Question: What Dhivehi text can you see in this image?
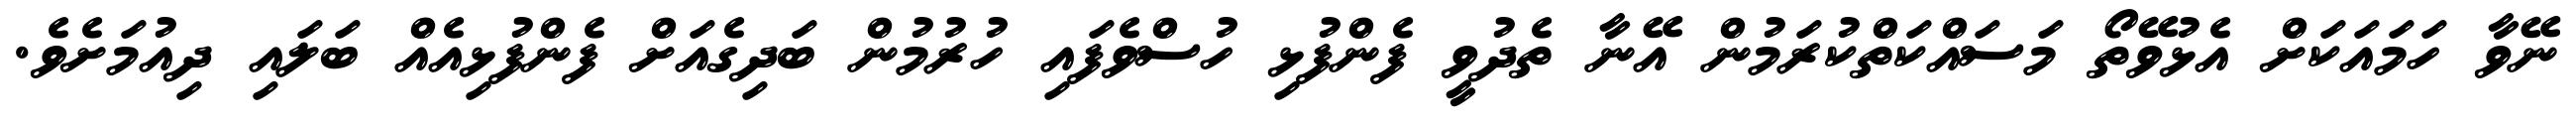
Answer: ނޭވާ ހަމައަކަށް އެޅުވޭތޯ މަސައްކަތްކުރަމުން އޭނާ ތެދުވީ ފެންފުޅި ހުސްވެފައި ހުރުމުން ބަދިގެއަށް ފެންފުޅިއެއް ބަލައި ދިއުމަށެވެ.